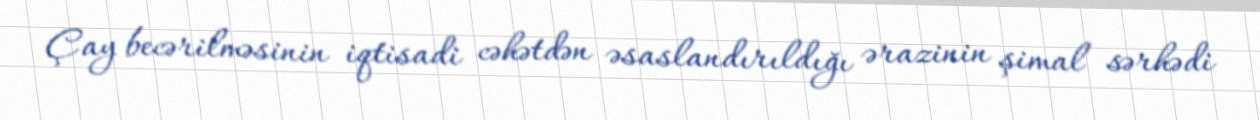
Çay becərilməsinin iqtisadi cəhətdən əsaslandırıldığı ərazinin şimal sərhədi